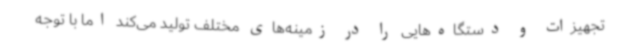
تجهیزات و دستگاه‌هایی را در زمینه‌های مختلف تولید می‌کند اما با توجه